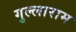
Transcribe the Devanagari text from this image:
गुल्लाराम